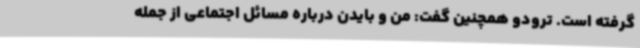
گرفته است. ترودو همچنین گفت: من و بایدن درباره مسائل اجتماعی از جمله